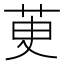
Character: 茰